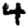
Digit: 4